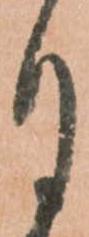
月